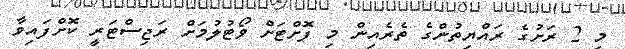
މި 2 ރަށުގެ ރައްޔިތުންގެ ތެރެއިން މި ފޮށްޓަށް ވޯޓުލުމަށް ރަޖިސްޓަރީ ކޮށްފައިވާ